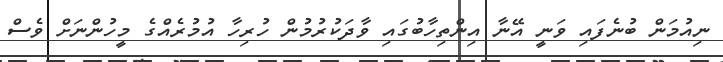
ނިއުމަން ބުނެފައި ވަނީ އޭނާ އިންތިހާބުގައި ވާދަކުރުމުން ހުރިހާ އުމުރެއްގެ މީހުންނަށް ވެސް